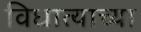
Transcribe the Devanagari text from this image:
विधात्याच्या